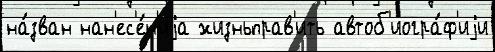
на́зван нан'ес'е́н'иjа жизньправ'ить автоб'иогра́ф'иjи